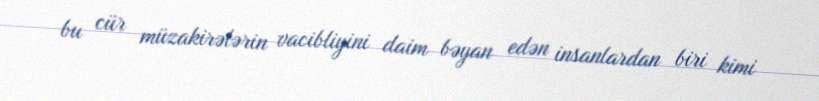
bu cür müzakirələrin vacibliyini daim bəyan edən insanlardan biri kimi